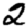
Digit: 2